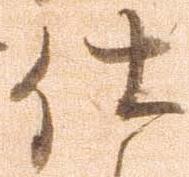
仕